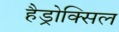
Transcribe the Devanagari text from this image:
हैड्रोक्सिल